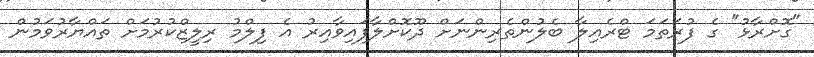
"ގޮށްރާޅު" ގެ ފުރަތަމަ ޓްރެއިލާ ބެލުންތެރިންނަށް ދޫކޮށްލާފައިވާއިރު އެ ފިލްމު ރިލީޒްކުރުމަށް ތައްޔާރުވަމުން